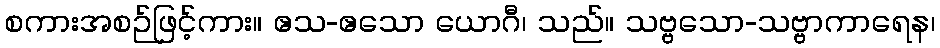
စကားအစဉ်ဖြင့်ကား။ ဧသ-ဧသော ယောဂီ၊ သည်။ သဗ္ဗသော-သဗ္ဗာကာရေန၊